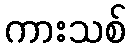
ကားသစ်